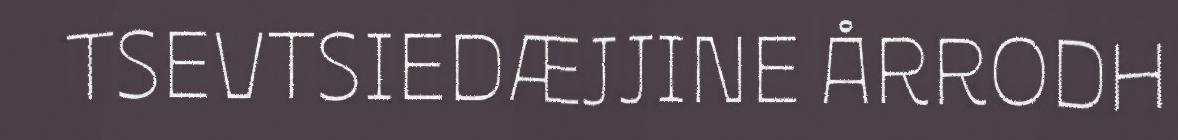
TSEVTSIEDÆJJINE ÅRRODH